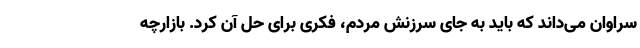
سراوان می‌داند که باید به جای سرزنش مردم، فکری برای حل آن کرد. بازارچه